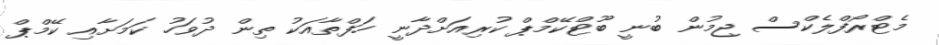
މެޓްރޯފްލެކްސް ޖިމުން ބުނީ ބޫޓްކޭމްޕް ކުރިއަށްދާނީ ހަފްތާއަކު ތިން ދުވަހު ކަމަށާއި ކޭމްޕް